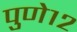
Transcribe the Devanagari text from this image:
पुणे१२